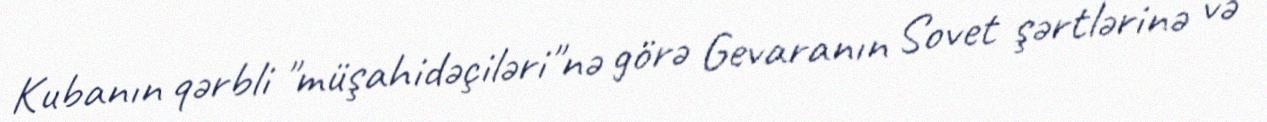
Kubanın qərbli "müşahidəçiləri"nə görə Gevaranın Sovet şərtlərinə və